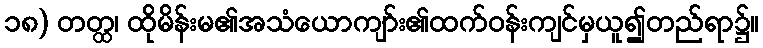
၁၈) တတ္ထ၊ ထိုမိန်းမ၏အသံယောကျာ်း၏ထက်ဝန်းကျင်မှယူ၍တည်ရာ၌။